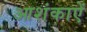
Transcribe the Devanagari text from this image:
आशंकाऐं